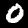
Digit: 0